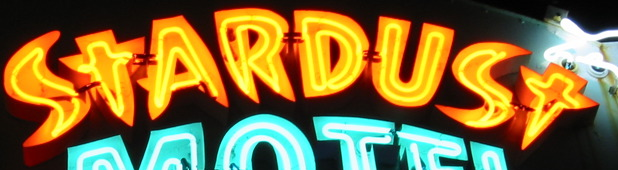
STARDUST